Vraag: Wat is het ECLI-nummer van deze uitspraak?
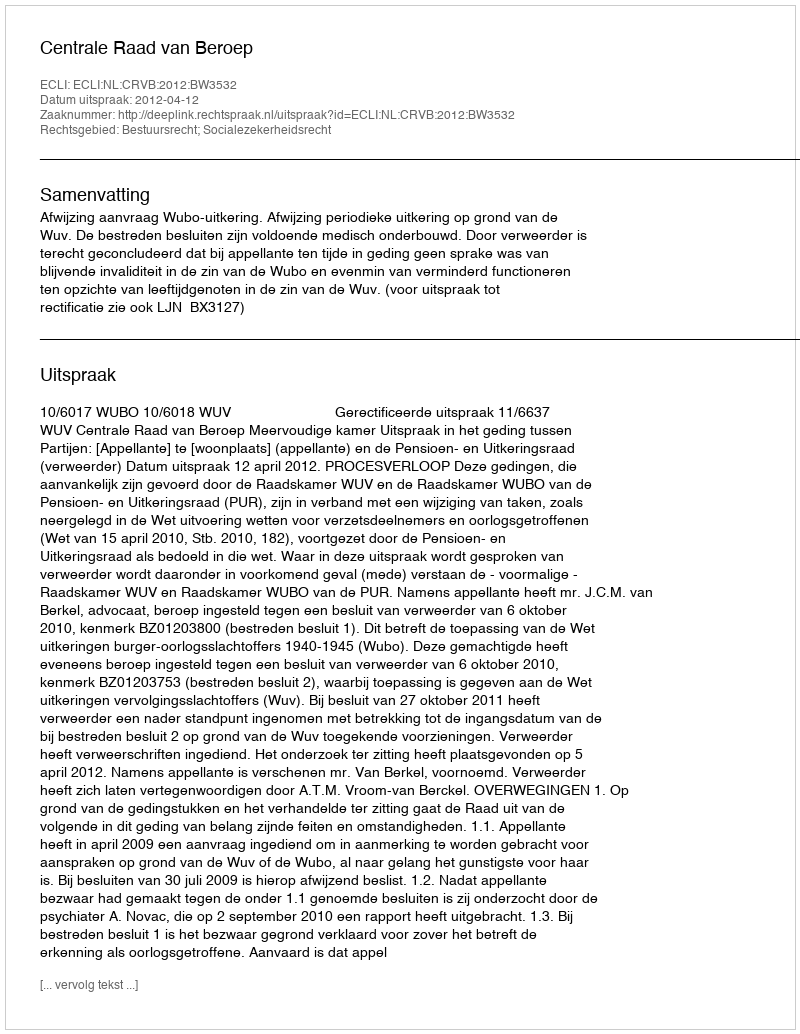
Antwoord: ECLI:NL:CRVB:2012:BW3532